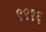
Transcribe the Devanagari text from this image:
९९१६